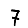
Digit: 7